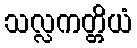
သလ္လကတ္တိယံ